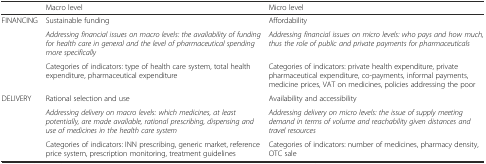
<table><thead><tr><td></td><td><b>Macro level</b></td><td><b>Micro level</b></td></tr></thead><tbody><tr><td rowspan="3">FINANCING</td><td>Sustainable funding</td><td>Affordability</td></tr><tr><td><i>Addressing financial issues on macro levels: the availability of funding for health care in general and the level of pharmaceutical spending more specifically</i></td><td><i>Addressing financial issues on micro levels: who pays and how much, thus the role of public and private payments for pharmaceuticals</i></td></tr><tr><td>Categories of indicators: type of health care system, total health expenditure, pharmaceutical expenditure</td><td>Categories of indicators: private health expenditure, private pharmaceutical expenditure, co-payments, informal payments, medicine prices, VAT on medicines, policies addressing the poor</td></tr><tr><td rowspan="3">DELIVERY</td><td>Rational selection and use</td><td>Availability and accessibility</td></tr><tr><td><i>Addressing delivery on macro levels: which medicines, at least potentially, are made available, rational prescribing, dispensing and use of medicines in the health care system</i></td><td><i>Addressing delivery on micro levels: the issue of supply meeting demand in terms of volume and reachability given distances and travel resources</i></td></tr><tr><td>Categories of indicators: INN prescribing, generic market, reference price system, prescription monitoring, treatment guidelines</td><td>Categories of indicators: number of medicines, pharmacy density, OTC sale</td></tr></tbody></table>